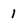
Character: 1